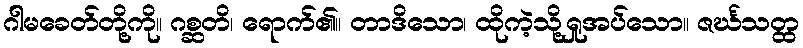
ဂါမခေတ်တို့ကို။ ဂစ္ဆတိ၊ ရောက်၏။ တာဒိသော၊ ထိုကဲ့သို့ရှုအပ်သော။ ဇင်္ဃသတ္ထ